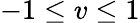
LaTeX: -1\leq v\leq 1